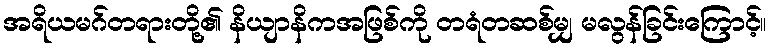
အရိယမဂ်တရားတို့၏ နိယျာနိကအဖြစ်ကို တရံတဆစ်မျှ မလွန်ခြင်းကြောင့်။